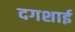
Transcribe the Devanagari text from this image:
दगशाई